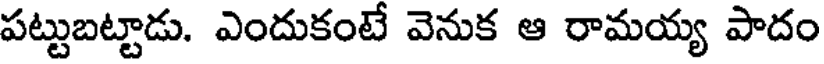
పట్టుబట్టాడు. ఎందుకంటే వెనుక ఆ రామయ్య పాదం